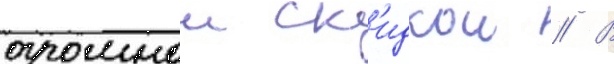
огромнои ск'идкои // В